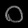
Digit: ၀